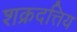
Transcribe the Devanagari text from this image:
शक्रदत्तिय